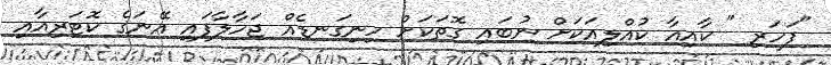
"ފަހަރި " ކާއިއާ ކުއްލިއަކަށް ނުބައި ގޮތަކަށް ހިނިގަނޑެއް ޖަހާލާފައި އޭނަގެ ކޮޓަރިއާއި